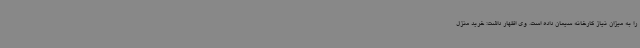
را به میزان نیاز کارخانه سیمان داده است. وی اظهار داشت: خرید منزل